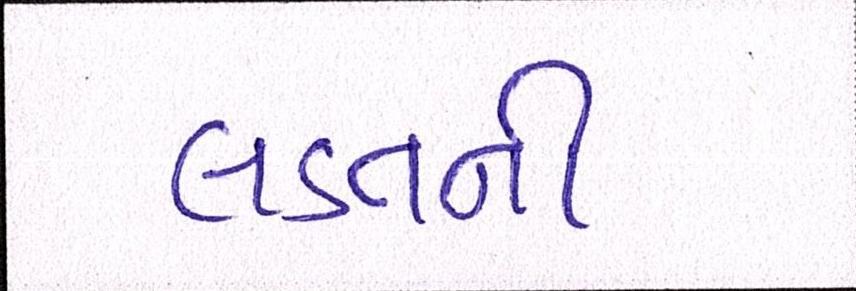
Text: લડતને